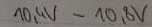
Text: 10,4V-10,8V